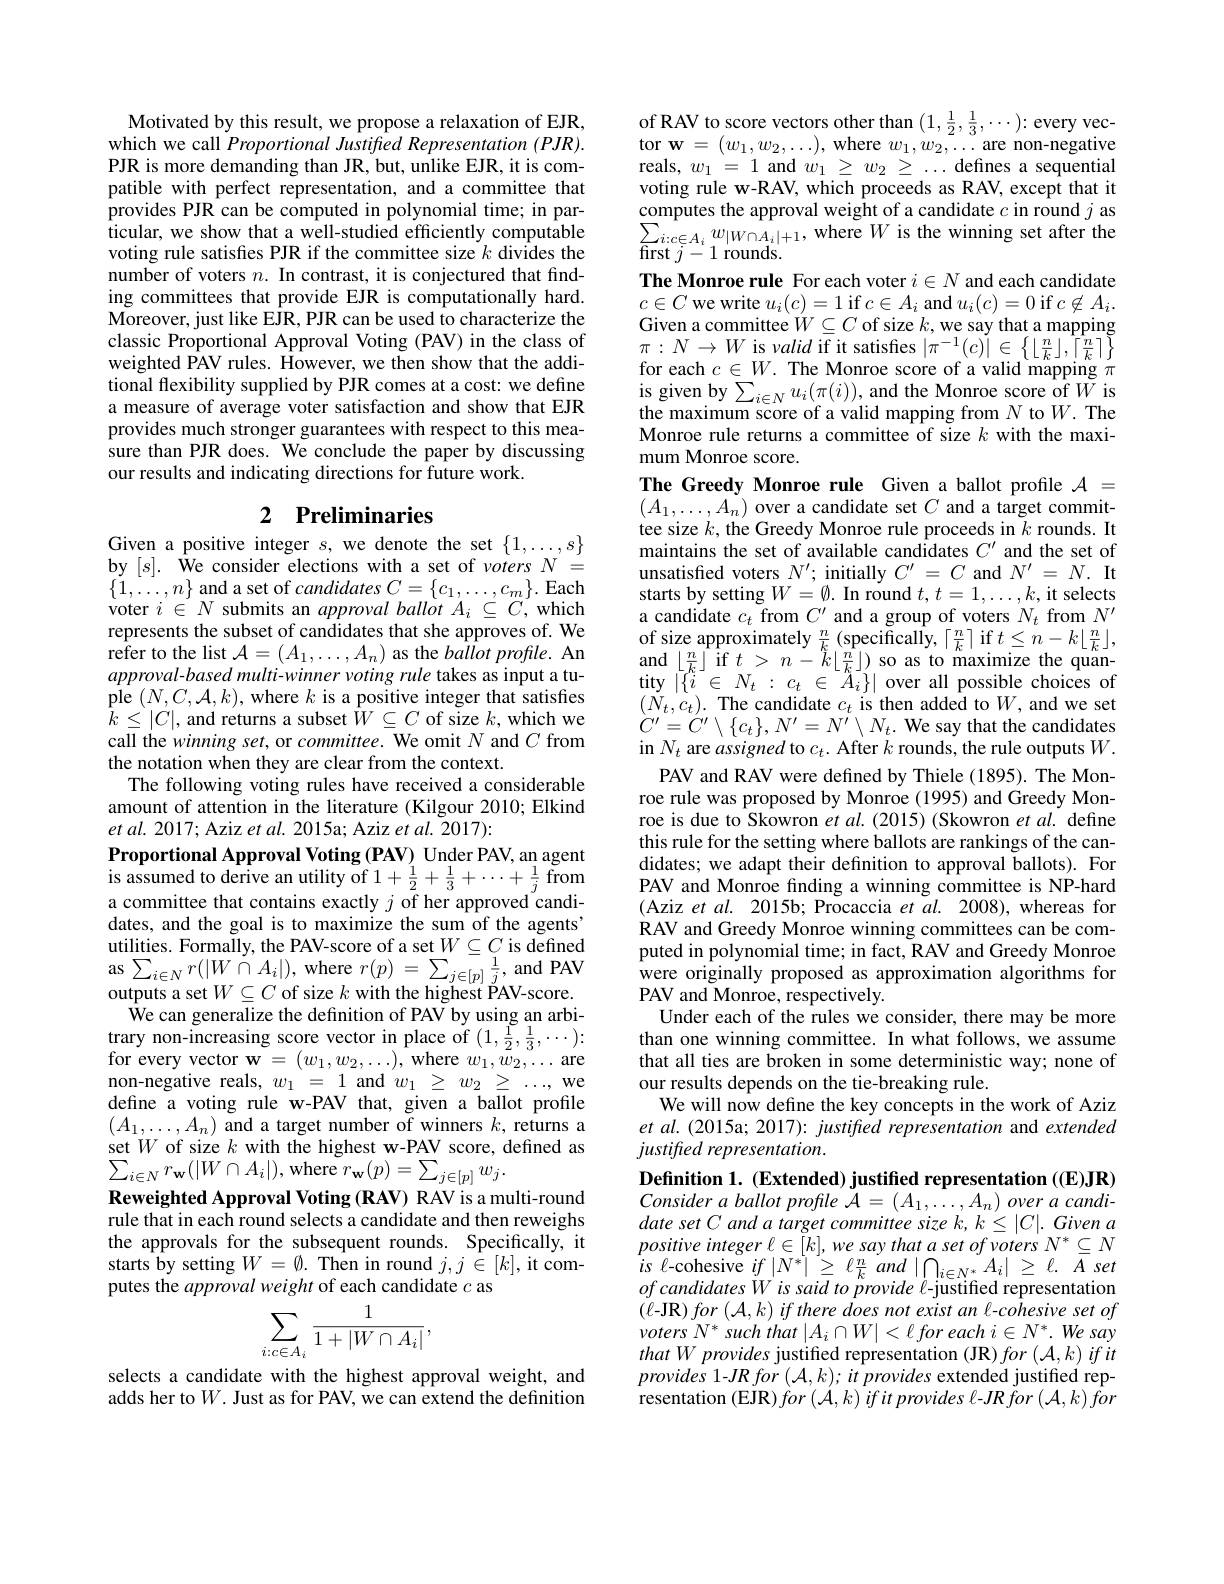
Motivated by this result, we propose a relaxation of EJR, which we call Proportional Justified Representation (PJR). PJR is more demanding than JR, but, unlike EJR, it is compatible with perfect representation, and a committee that provides PJR can be computed in polynomial time; in particular, we show that a well-studied efficiently computable voting rule satisfes PJR if the committee size $k$ divides the number of voters $n. \textbf{ In contrast, it is conjectured that find- }$ ing committees that provide EJR is computationally hard. Moreover, just like EJR, PJR can be used to characterize the classic Proportional Approval Voting (PAV) in the class of weighted PAV rules. However, we then show that the additional flexibility supplied by PJR comes at a cost: we define a measure of average voter satisfaction and show that EJR provides much stronger guarantees with respect to this measure than PJR does. We conclude the paper by discussing our results and indicating directions for future work.

## 2 Preliminaries Given a positive integer $s$, we denote the set $\{1,\ldots,s\}$

by $[s].$ We consider elections with a set of $votersN=$ $\begin{array}{l}{\{1,\ldots,n\}\mathrm{~and~a~set~of~candidates~}C=\{c_{1},\ldots,c_{m}\}.\mathrm{Each}}\\{\mathrm{voter~}i\in N\mathrm{~submits~an~}approval~ballot~A_{i}\subseteq C,\mathrm{~which}}\end{array}$ represents the subset of candidates that she approves of. We refer to the list $\mathcal{A}=(A_1,\ldots,A_n)$ as the $ballotprofile.$ An approval-based multi-winner voting rule takes as input a tuple $(N,C,\mathcal{A},k)$,where $k$ is a positive integer that satisfies $\bar{k}\leq|C|$, and returns a subset $\bar{W}\subseteq C$ of size $k$,which we call the winning set, or committee. We omit $N$ and $C$ from the notation when they are clear from the context.
The following voting rules have received a considerable amount of attention in the literature (Kilgour 2010; Elkind $et$ $al.$ 2017; Aziz et $al.$ 2015a; Aziz et al. 2017):
Proportional Approval Voting (PAV) Under PAV, an agent is assumed to derive an utility of $1+\frac{1}{2}+\frac{1}{3}+\cdots+\frac{1}{j}$ from a committee that contains exactly $j$ of her approved candidates, and the goal is to maximize the sum of the agents" $\begin{array}{l}{\text{utilities. Formally, the PAV-score of a set}W\subseteq C\text{ is defined}}\\{\mathrm{as~\sum_{i\in N}r(|W\cap A_{i}|),~where~}r(p)=\sum_{j\in[p]}\frac1j,~\mathrm{and~PAV}}\\{\mathrm{as~}\sum_{i\in N}r(|W\subset C\text{ of cina }h\textbf{ chinb th binbot BAV cond}}\end{array}$ outputs a set $W\subseteq C$ of size $k$ with the highest PAV-score.
$\hat{\text{We can generalize the defnition of PAV by using an arbi-}}$ $\begin{array}{l}{\text{trary non-increasing score vector in place of }(1,\frac{1}{2},\frac{1}{3},\cdots):}\\{\text{for every vector w}=(w_{1},w_{2},\ldots),\mathrm{~where~}w_{1},w_{2},\ldots\mathrm{~are}}\end{array}$ non-negative reals, $w_1=1$ and $w_1\geq w_2\geq\ldots$, we define a voting rule w-PAV that, given a ballot profile $(A_{1},\ldots,A_{n})$ and a target number of winners $k$, returns a set $W$ of size $k$ with the highest w-PAV score, defined as $\sum_{i\in N}r_{\mathbf{w}}(|W\cap A_{i}|)$,where$r_\mathbf{w}(p)=\sum_{j\in[p]}w_{j}.$
Reweighted Approval Voting (RAV) RAV is a multi-round rule that in each round selects a candidate and then reweighs the approvals for the subsequent rounds. Specifically, it starts by setting $W=\emptyset.$ Then in round $j,j\in[k]$, it com-putes the approval weight of each candidate $c$ as
$$\sum_{i:c\in A_{i}}\frac{1}{1+|W\cap A_{i}|},$$
selects a candidate with the highest approval weight, and adds her to$W$. Just as for PAV, we can extend the definition

of RAV to score vectors other than $(1,\frac{1}{2},\frac{1}{3},\cdots):$ every vector $\mathbf{w}=(w_{1},w_{2},\ldots)$, where $w_{1},w_{2},\ldots$ are non-negative reals, $w_1=1$ and $w_1\geq w_2\geq\ldots$ defines a sequential voting rule w-RAV, which proceeds as RAV, except that it $\begin{array}{l}\text{computes the approval weight of a candidate }c\text{ in round }j\text{ as}\\\sum_{i:c\in A_i}w_{|W\cap A_i|+1},\text{ where }W\text{ is the winning set after the}\\\text{first }i-1\text{ rounds}\end{array}$ $\operatorname{first}\bar{j}-1$ rounds.
The Monroe rule For each voter $i\in N$ and each candidate $\begin{array}{l}{c\in C\text{ we write }u_{i}(c)=1\mathrm{~if~}c\in A_{i}\mathrm{~and~}u_{i}(c)=0\mathrm{~if~}c\not\in A_{i}.}\\{\text{Given a committee}W\subseteq C\mathrm{~of~size~}k,\mathrm{~we~say~that~a~mapping}}\end{array}$ $\pi:N\to W$ is valid if it satisfes $|\pi^{-1}(c)|\in\left\{\lfloor\frac nk\rfloor,\lceil\frac nk\rceil\right\}$ $\begin{array}{l}{\mathrm{for~each~}c\in W.~\mathrm{The~Monroe~score~of~a~valid~mapping~}\pi}\\{\mathrm{is~given~by~}\sum_{i\in N}u_{i}(\pi(i)),\mathrm{and~the~Monroe~score~of~}W\mathrm{~is}}\\{\mathrm{1.}}\end{array}$ the maximum score of a valid mapping from $N$ to $W.$ The Monroe rule returns a committee of size $k$ with the maximum Monroe score.
The Greedy Monroe rule Given a ballot profile $\mathcal{A}=$ $(A_{1},\ldots,A_{n})$ over a candidate set $C$ and a target committee size $k$, the Greedy Monroe rule proceeds in $k$ rounds. It maintains the set of available candidates $C^\prime$ and the set of unsatisfied voters $N^\prime;$ initially $C^{\prime}=C$ and $N^\prime = N. \textbf{ It}$ starts by setting $W=\emptyset.$ In round $t,t=1,\ldots,k$, it selects a candidate $c_t$ from $C^\prime$ and a group of voters $N_t$ from $N^\prime$ of size approximately $\frac nk(\operatorname*{specifically}_{i=1}^{n}|$ if $t\leq n-k\lfloor\frac nk\rfloor$, and$\left\lfloor\frac nk\right\rfloor$if$t>n-k\lfloor\frac nk\rfloor)$so as to maximize the quan- $\operatorname { \mathrm{tity~}} | \{ i$ $\in$ $N_{t}$ : $c_{t}$ $\in$ $\tilde{A} _{i}\} |$ over all possible choices of $(N_{t},c_{t}).$ The candidate $c_t$ is then added to $W$, and we set $C^{\prime}=\dot{C}^{\prime}\setminus\{c_{t}\},N^{\prime}=N^{\prime}\setminus N_{t}.$ We say that the candidates in $N_{t}$ are assigned to $c_t.$ After $k$ rounds, the rule outputs $W.$
PAV and RAV were defined by Thiele (1895). The Monroe rule was proposed by Monroe (1995) and Greedy Monroe is due to Skowron et al. (2015) (Skowron et al. define this rule for the setting where ballots are rankings of the candidates; we adapt their definition to approval ballots). For PAV and Monroe finding a winning committee is NP-hard (Aziz et al. 2015b; Procaccia et al. 2008), whereas for RAV and Greedy Monroe winning committees can be computed in polynomial time; in fact, RAV and Greedy Monroe were originally proposed as approximation algorithms for PAV and Monroe, respectively.
Under each of the rules we consider, there may be more than one winning committee. In what follows, we assume that all ties are broken in some deterministic way; none of our results depends on the tie-breaking rule.
We will now define the key concepts in the work of Aziz et al. (2015a; 2017): justified representation and extended justified representation.
Definition 1. (Extended) justified representation ((E)JR) Consideraballotprofile ${\mathcal{A} }= ( A_{1}, \ldots , A_{n}) overacandi-$ date set C and a target committee size k, k $\leq | C| . \textit{Given a}$ $\begin{array}{l}{positive~integer~\ell\in[k],~we~say~that~a~set~of~voters~N^{*}\subseteq N}\\{is~\ell-cohesive~if~|N^{*}|\geq~\ell\frac{n}{k}~and~|\bigcap_{0}i\in N^{*}~A_{i}|~\geq~\ell.~A~set}\end{array}$ ofcandidatesWissaidtoprovidel-justified representation $(\ell-\mathbf{JR})for\left(\mathcal{A},k\right)ifthere$ does not exist an l-cohesive set of $voters~N^{*}~such~that~|A_{i}\cap W|<\ell~for~each~i\in N^{*}.~We~say$ thatWprovides justified representation (JR) for (A,k) if it provides 1-JR for $( \mathcal{A} , k) ; it\textit{provides extended justified rep- }$

resentation (EJR) for $\left ( \mathcal{A} , k\right ) ifit\textit{provides l- JR for }\left ( \mathcal{A} , k\right ) for$